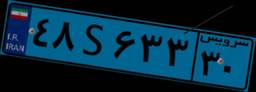
۴۸S۶۳۳۳۰